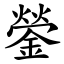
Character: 鎣